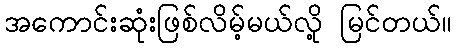
အကောင်းဆုံးဖြစ်လိမ့်မယ်လို့ မြင်တယ်။